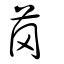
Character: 菵